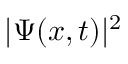
\vert \Psi ( x , t ) \vert ^ { 2 }